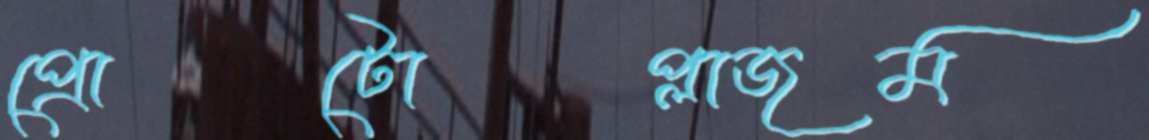
প্রোটোপ্লাজম